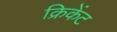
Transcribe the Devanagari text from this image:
क्रिकेंट